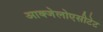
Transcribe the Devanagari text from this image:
आक्जेलोएसीटेट